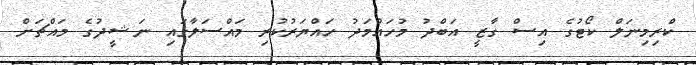
ކްރިމިނަލް ކޯޓުގެ އިސް ގާޒީ އަބްދު މުހައްމަދު ހައްޔަރުކުރި މައްސަލާގައި ނަޝީދުގެ މައްޗަށް